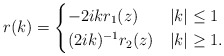
\begin{align*}r(k)=\begin{cases}-2ik r_1(z) & |k| \leq 1 \\(2ik)^{-1} r_2(z) & |k| \geq 1.\end{cases}\end{align*}